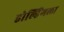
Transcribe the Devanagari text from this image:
होल्डिंगला